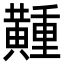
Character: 𪏘